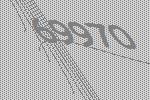
69970